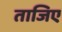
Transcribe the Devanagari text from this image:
ताजिए